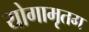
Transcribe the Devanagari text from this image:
योगामृतम